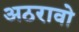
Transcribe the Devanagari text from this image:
अठरावो